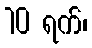
10 ရက်၊